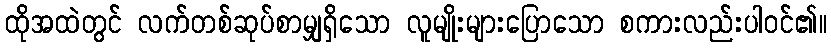
ထိုအထဲတွင် လက်တစ်ဆုပ်စာမျှရှိသော လူမျိုးများပြောသော စကားလည်းပါဝင်၏။